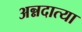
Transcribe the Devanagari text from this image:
अन्नदात्या